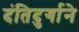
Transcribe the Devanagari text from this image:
दंतिदुर्गाने